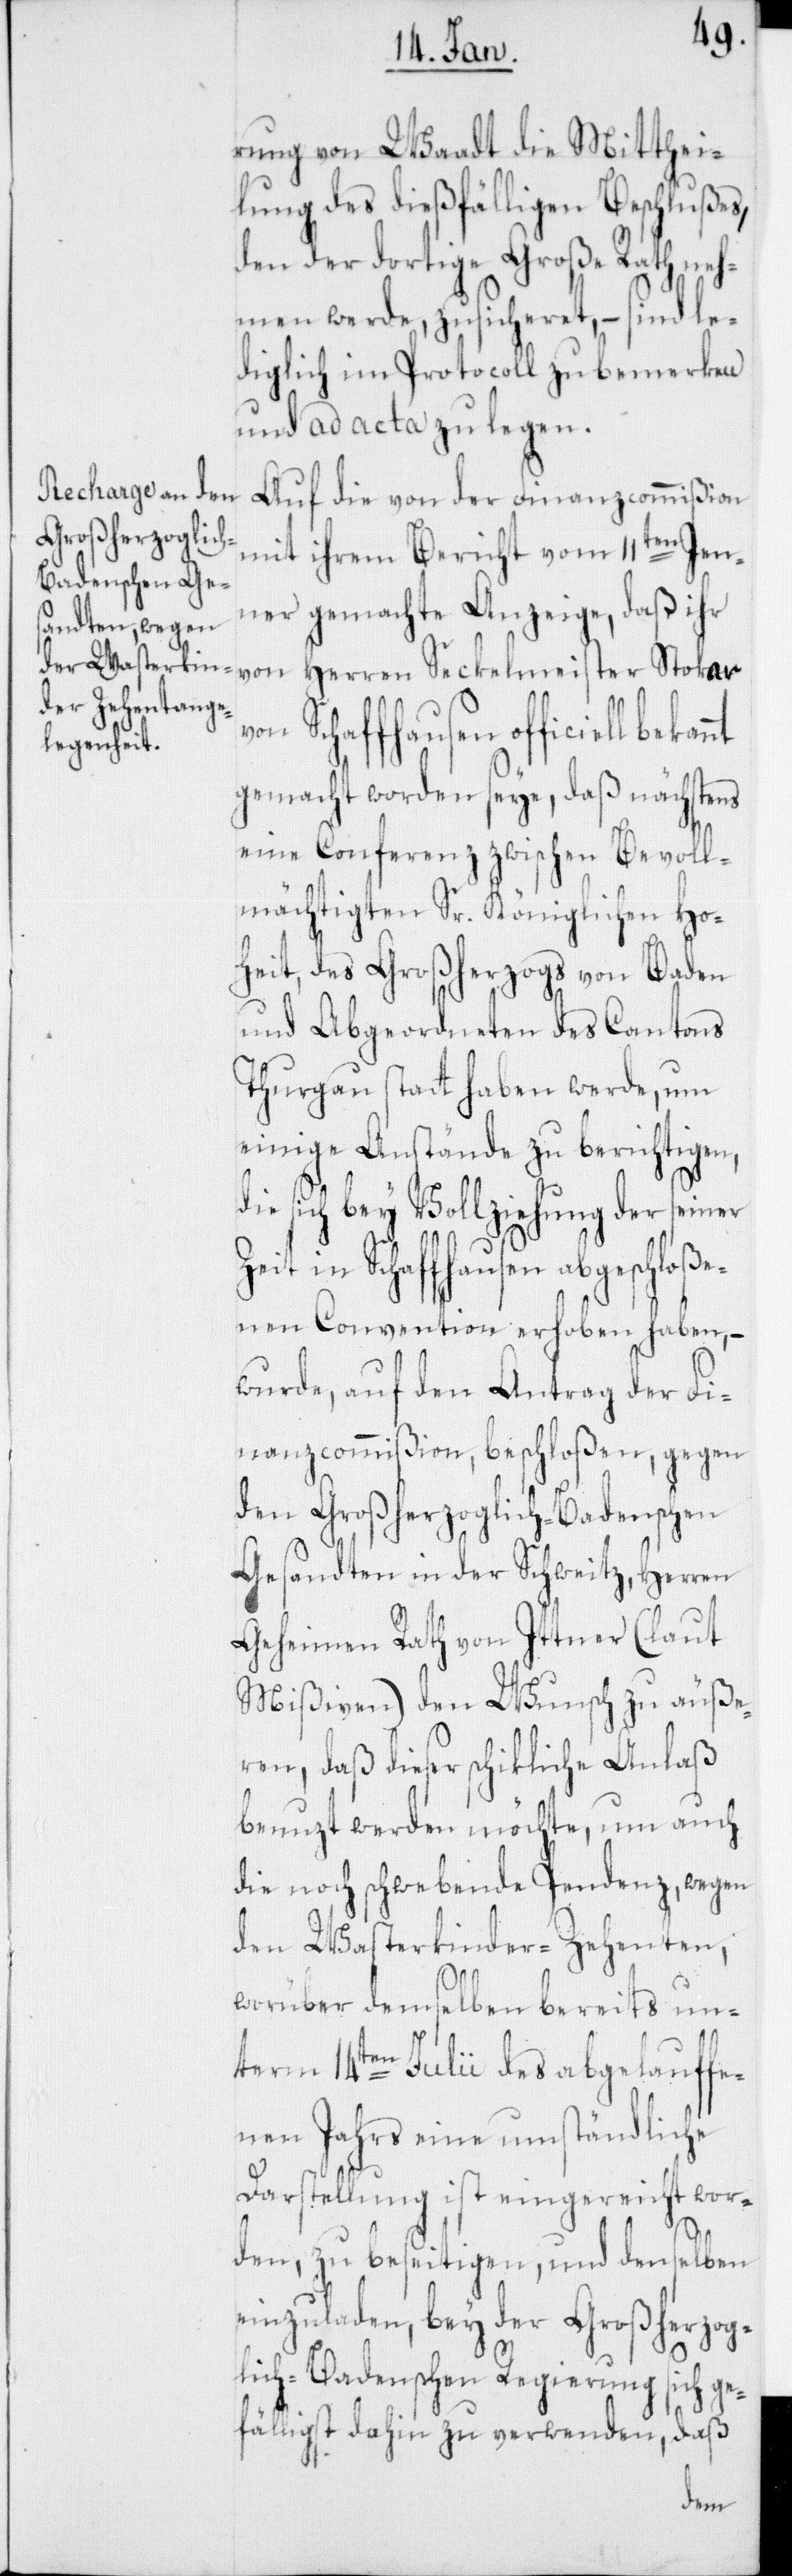
rung von Waadt die Mitthei¬
lung des dießfälligen Beschlußes,
den der dortige Große Rath neh¬
men werde, zusicheret, – sind le¬
diglich im Protocoll zu bemerken
und ad acta zu legen.
Auf die von der Finanzcommißion
mit ihrem Bericht vom 11ten Jen¬
ner gemachte Anzeige, daß ihr
von Herren Seckelmeister Stokar v¬
on Schaffhausen officiell
gemacht worden seye, daß nächstens
eine Conferenz zwischen Bevoll¬
mächtigten Sr. Königlichen Ho¬
heit, des Großherzogs von Baden
und Abgeordneten des Cantons
Thurgau statt haben werde, um
einige Anstände zu berichtigen,
sich bey Vollziehung der seiner
in Schaffhausen abgeschloße¬
nen Convention erhoben haben, –
wurde, auf den Antrag der Fi¬
nanzcommißion beschloßen, gegen
den Großherzoglich-Badenschen
Gesandten in der Schweitz, Herren
Geheimen Rath von Ittner (laut
Mißiven) den Wunsch zu äuße¬
ren, daß dieser schikliche Anlaß
benuzt werden möchte, um auch
die noch schwebende Pendenz, wegen
den Wasterkinder-Zehenten,
worüber demselben bereits un¬
term 14ten Julii des abgelauffe¬
nen Jahrs eine umständliche
Darstellung ist eingereicht wor¬
den, zu beseitigen, und denselben
einzuladen, bey der Großherzog¬
lich-Badenschen Regierung sich ge¬
fälligst dahin zu verwenden, daß